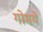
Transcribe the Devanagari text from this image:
गोमयें